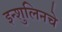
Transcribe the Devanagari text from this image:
इन्शुलिनचे